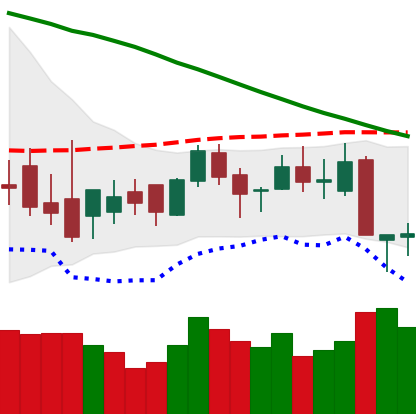
Ticker: XLM-USD
Chart end date: 2018-09-07
Forward return: -4.512%
Label: down_3_5